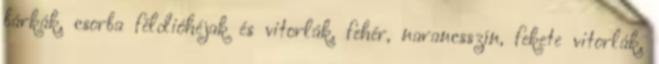
bárkák, csorba féldióhéjak és vitorlák, fehér, narancsszín, fekete vitorlák,